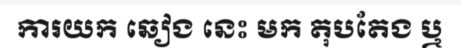
ការយក ឆៀង នេះ មក តុបតែង ឬ